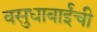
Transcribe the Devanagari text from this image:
वसुधाबाईंची